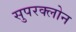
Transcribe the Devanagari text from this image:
सुपरक्लोन